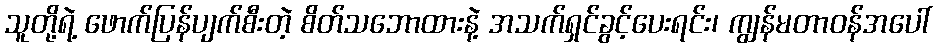
သူတို့ရဲ့ ဖောက်ပြန်ပျက်စီးတဲ့ စိတ်သဘောထားနဲ့ အသက်ရှင်ခွင့်ပေးရင်း၊ ကျွန်မတာဝန်အပေါ်